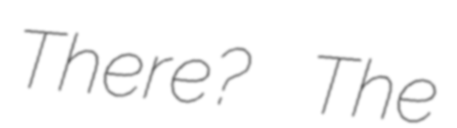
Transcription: There? The